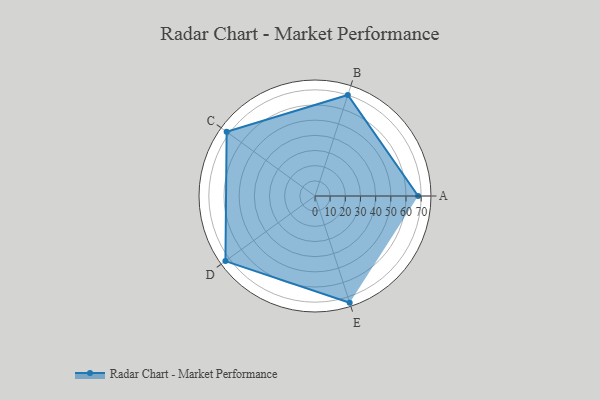
{"axis": {"x": "Skill", "y": "Score"}, "legend": ["Profile"], "data": [{"x": "A", "y": 68.0, "type": "Profile"}, {"x": "B", "y": 70.0, "type": "Profile"}, {"x": "C", "y": 72.0, "type": "Profile"}, {"x": "D", "y": 73.0, "type": "Profile"}, {"x": "E", "y": 74.0, "type": "Profile"}]}